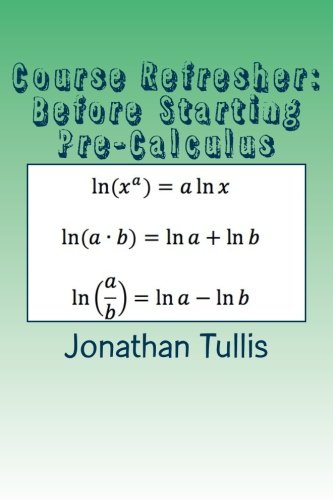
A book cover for Course Refresher: Pre-Calculus (The Course Refresher ) (Volume 3); Jonathan Tullis; Science & Math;